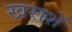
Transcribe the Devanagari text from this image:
खराशें